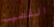
القضيب